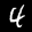
Label: 4